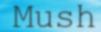
Mush